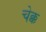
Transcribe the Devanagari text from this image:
चेक्क